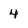
Character: 4